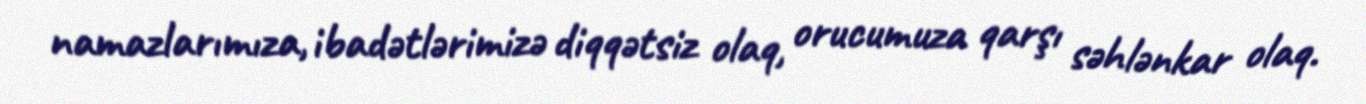
namazlarımıza, ibadətlərimizə diqqətsiz olaq, orucumuza qarşı səhlənkar olaq.